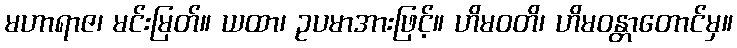
မဟာရာဇ၊ မင်းမြတ်။ ယထာ၊ ဥပမာအားဖြင့်။ ဟိမဝတိ၊ ဟိမဝန္တာတောင်မှ။